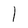
Character: l